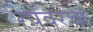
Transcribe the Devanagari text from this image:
रेषेवरचा